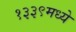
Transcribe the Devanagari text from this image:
१३३९मध्ये